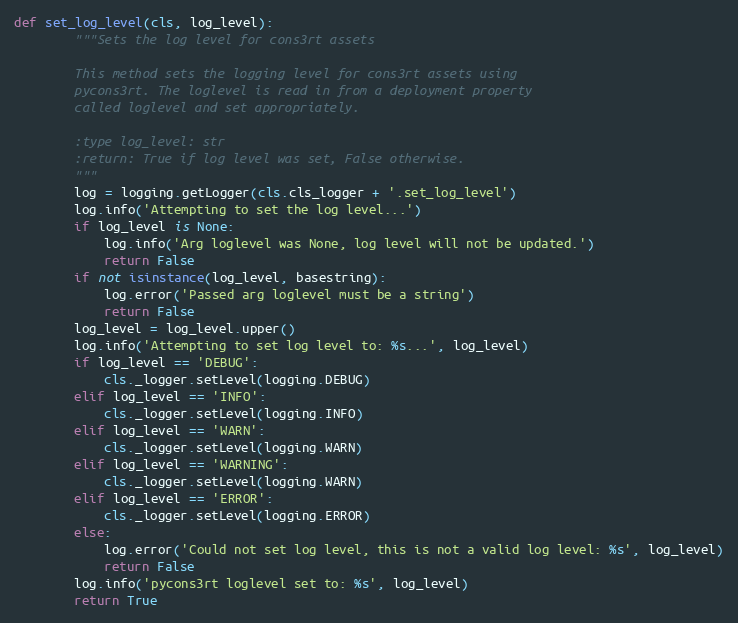
Language: Python
def set_log_level(cls, log_level):
        """Sets the log level for cons3rt assets

        This method sets the logging level for cons3rt assets using
        pycons3rt. The loglevel is read in from a deployment property
        called loglevel and set appropriately.

        :type log_level: str
        :return: True if log level was set, False otherwise.
        """
        log = logging.getLogger(cls.cls_logger + '.set_log_level')
        log.info('Attempting to set the log level...')
        if log_level is None:
            log.info('Arg loglevel was None, log level will not be updated.')
            return False
        if not isinstance(log_level, basestring):
            log.error('Passed arg loglevel must be a string')
            return False
        log_level = log_level.upper()
        log.info('Attempting to set log level to: %s...', log_level)
        if log_level == 'DEBUG':
            cls._logger.setLevel(logging.DEBUG)
        elif log_level == 'INFO':
            cls._logger.setLevel(logging.INFO)
        elif log_level == 'WARN':
            cls._logger.setLevel(logging.WARN)
        elif log_level == 'WARNING':
            cls._logger.setLevel(logging.WARN)
        elif log_level == 'ERROR':
            cls._logger.setLevel(logging.ERROR)
        else:
            log.error('Could not set log level, this is not a valid log level: %s', log_level)
            return False
        log.info('pycons3rt loglevel set to: %s', log_level)
        return True